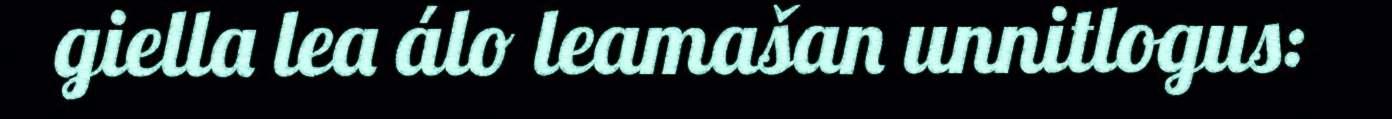
giella lea álo leamašan unnitlogus: